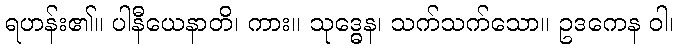
ရဟန်း၏။ ပါနီယေနာတိ၊ ကား။ သုဒ္ဓေန၊ သက်သက်သော။ ဥဒကေန ဝါ၊